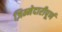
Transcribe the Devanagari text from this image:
ज़िम्मेदारीपूर्ण